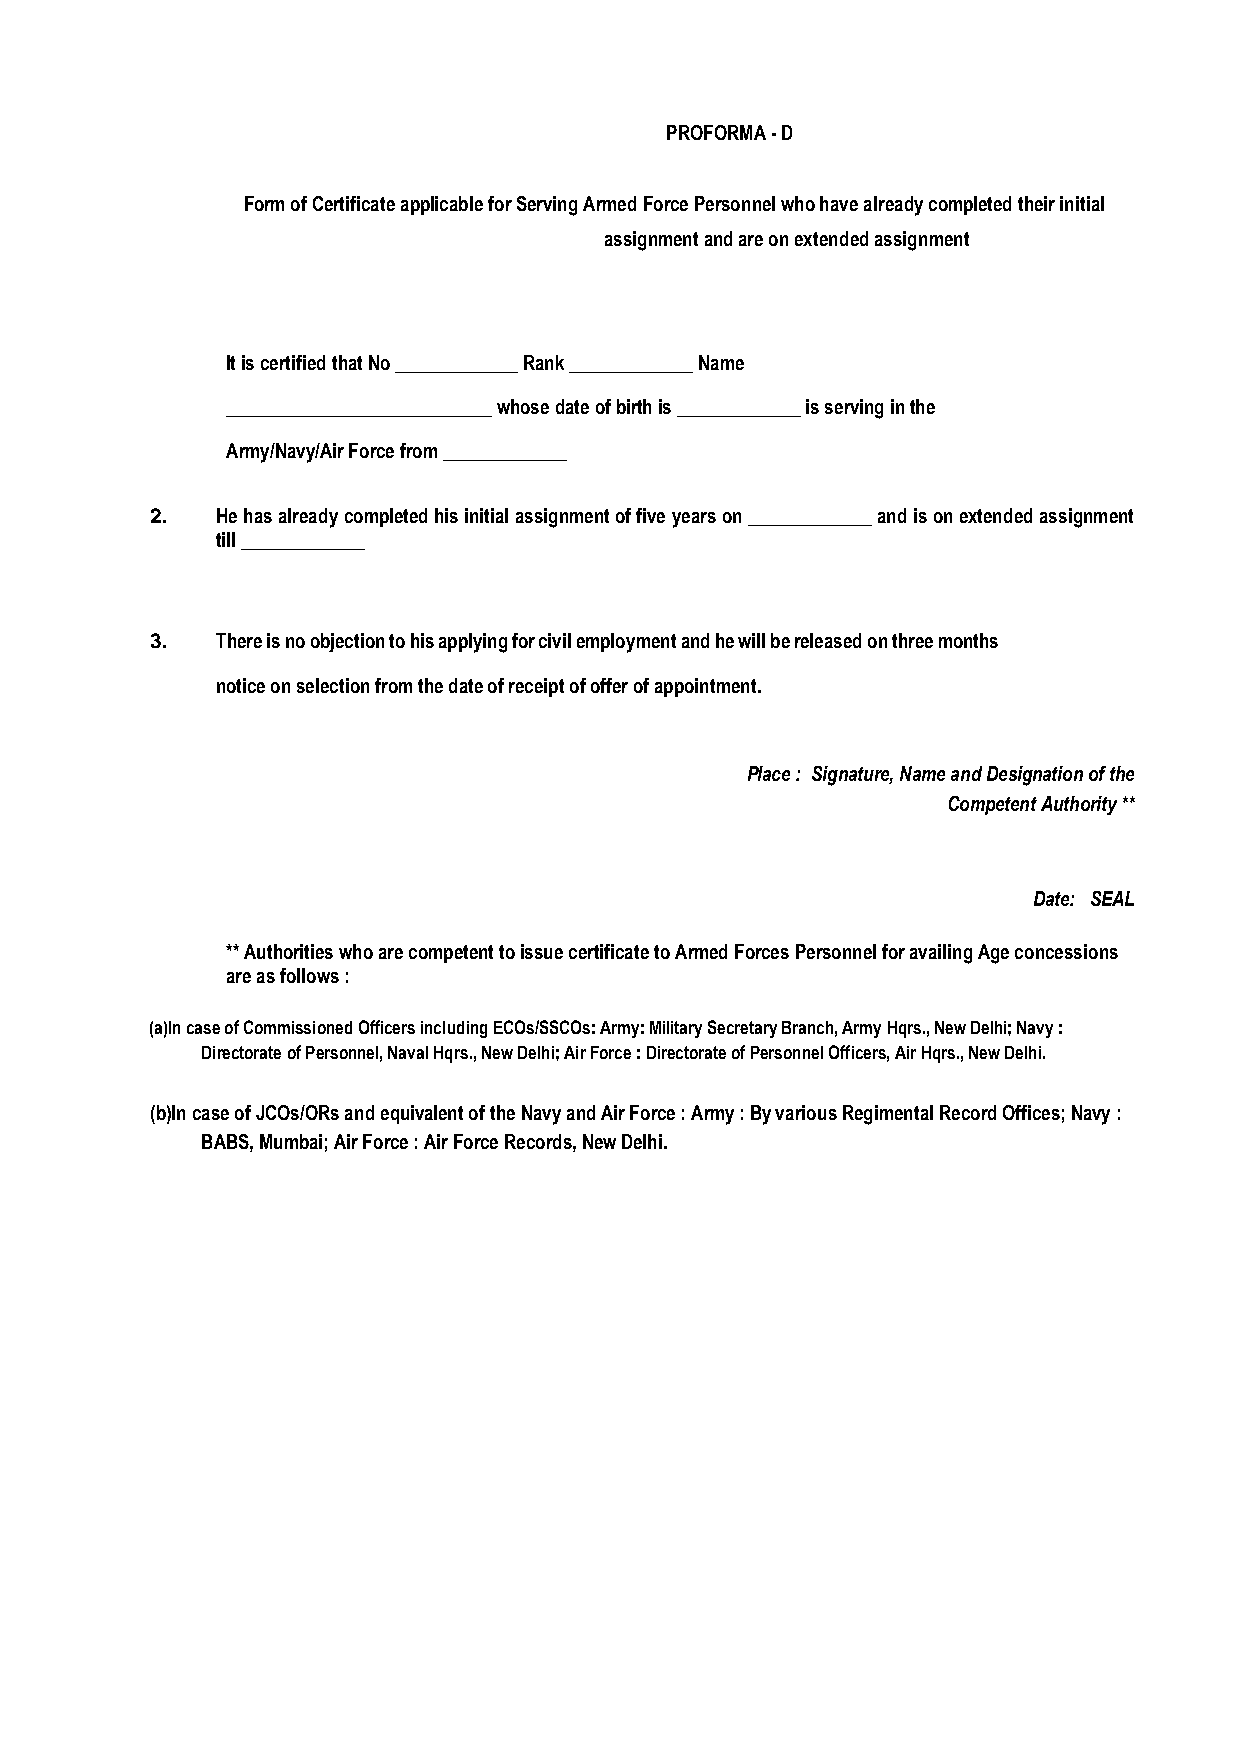
PROFORMA - D
 Form of Certificate applicable for Serving Armed Force Personnel who have already completed their initial
 assignment and are on extended assignment
 It is certified that No _____________ Rank _____________ Name
 ____________________________ whose date of birth is _____________ is serving in the
 Army/Navy/Air Force from _____________
 2.  He has already completed his initial assignment of five years on _____________ and is on extended assignment
 till _____________
 3.  There is no objection to his applying for civil employment and he will be released on three months
 notice on selection from the date of receipt of offer of appointment.
 Place : Signature, Name and Designation of the
 Competent Authority **
 Date: SEAL
 ** Authorities who are competent to issue certificate to Armed Forces Personnel for availing Age concessions
 are as follows :
 (a)In case of Commissioned Officers including ECOs/SSCOs: Army: Military Secretary Branch, Army Hqrs., New Delhi; Navy :
 Directorate of Personnel, Naval Hqrs., New Delhi; Air Force : Directorate of Personnel Officers, Air Hqrs., New Delhi.
 (b)In case of JCOs/ORs and equivalent of the Navy and Air Force : Army : By various Regimental Record Offices; Navy :
 BABS, Mumbai; Air Force : Air Force Records, New Delhi.